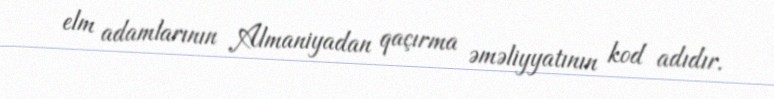
elm adamlarının Almaniyadan qaçırma əməliyyatının kod adıdır.